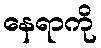
နေရာကို